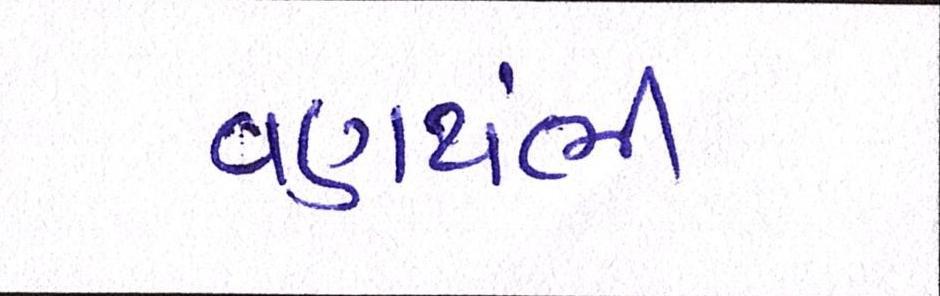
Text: વણથંભી